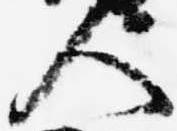
人